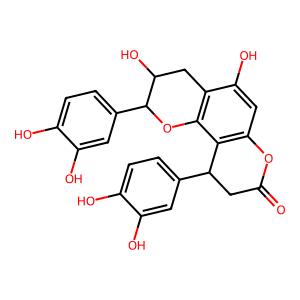
SMILES: O=C1CC(c2ccc(O)c(O)c2)c2c(cc(O)c3c2OC(c2ccc(O)c(O)c2)C(O)C3)O1
Inhibits HIV replication: No